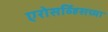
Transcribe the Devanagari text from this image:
एरोसर्व्हिसच्या